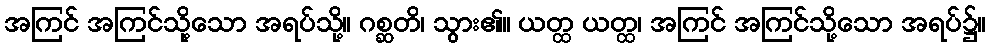
အကြင် အကြင်သို့သော အရပ်သို့။ ဂစ္ဆတိ၊ သွား၏။ ယတ္ထ ယတ္ထ၊ အကြင် အကြင်သို့သော အရပ်၌။